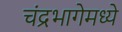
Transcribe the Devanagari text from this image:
चंद्रभागेमध्ये